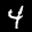
Label: 4